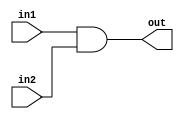
module and_32b(out, in1, in2);
	input [31:0] in1, in2;
	output [31:0] out;
	assign {out} = in1&in2;
endmodule